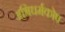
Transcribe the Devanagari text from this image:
अभिधर्मकोष